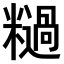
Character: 𫃓